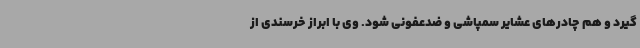
گیرد و هم چادرهای عشایر سمپاشی و ضدعفونی شود. وی با ابراز خرسندی از